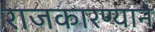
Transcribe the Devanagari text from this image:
राजकारण्याने